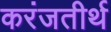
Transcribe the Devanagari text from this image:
करंजतीर्थ